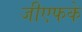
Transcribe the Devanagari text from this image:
जीएफके